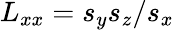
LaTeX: L_{xx}=s_{y}s_{z}/s_{x}